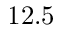
1 2 . 5